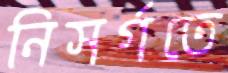
নিসর্গতে